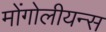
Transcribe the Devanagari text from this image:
मोंगोलीयन्स